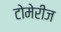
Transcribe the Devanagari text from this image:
टोमेरीज